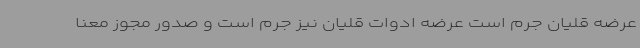
عرضه قلیان جرم است عرضه ادوات قلیان نیز جرم است و صدور مجوز معنا